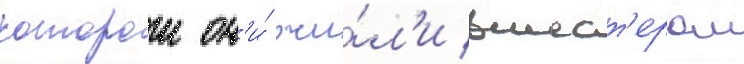
которои он'и́ жи́л'и вшест'ером